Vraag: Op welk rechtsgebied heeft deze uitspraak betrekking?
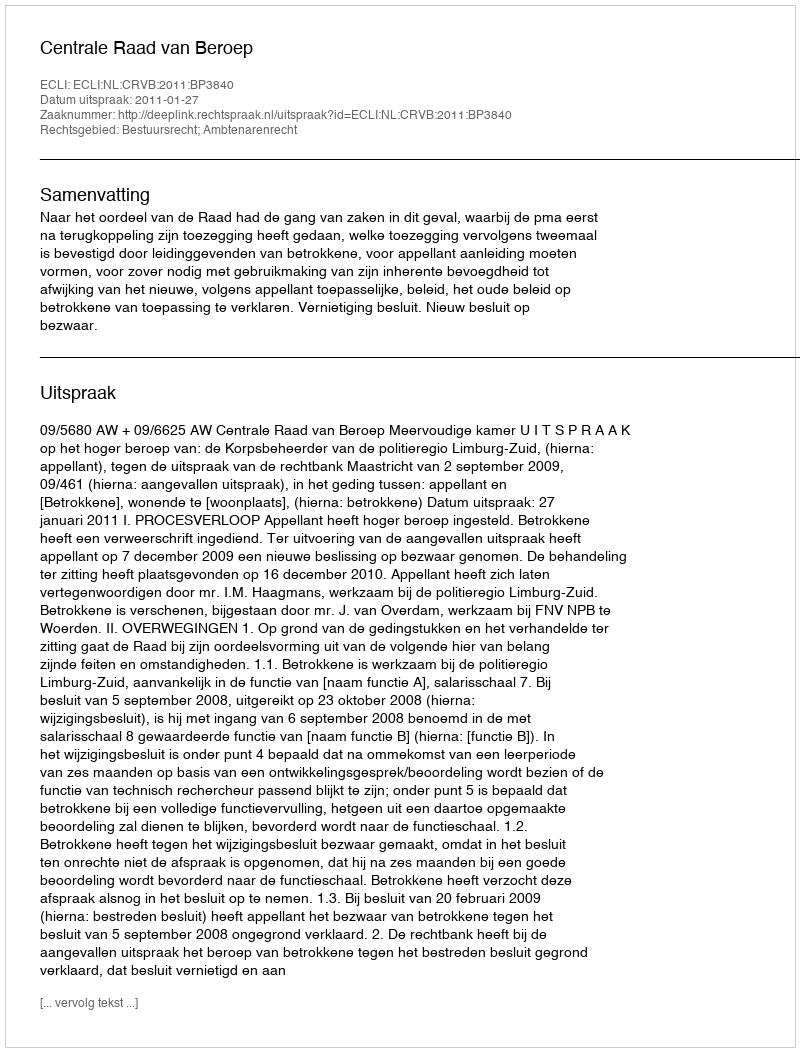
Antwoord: Bestuursrecht; Ambtenarenrecht